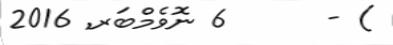
) -      6 ނޮވެމްބަރ